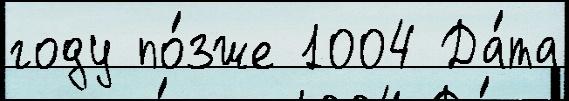
году по́зже 1004 Да́та